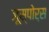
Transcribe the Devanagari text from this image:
जूस्पोर्स